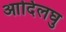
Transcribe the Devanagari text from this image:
आदिलघु